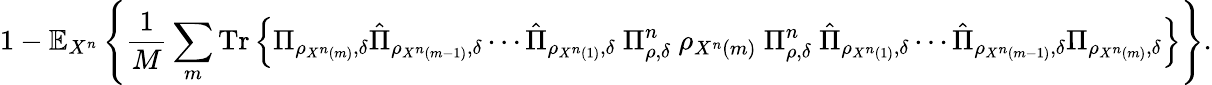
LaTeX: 1-\mathbb{E}_{X^{n}}\left\{ {\frac{1}{M}}\sum_{m}{\mathrm{Tr}}\left\{ \Pi_{\rho_{X^{n}\left(m\right)},\delta}{\hat{\Pi}}_{\rho_{X^{n}\left(m-1\right)},\delta}\cdots{\hat{\Pi}}_{\rho_{X^{n}\left(1\right)},\delta}\ \Pi_{\rho,\delta}^{n}\ \rho_{X^{n}\left(m\right)}\ \Pi_{\rho,\delta}^{n}\ {\hat{\Pi}}_{\rho_{X^{n}\left(1\right)},\delta}\cdots{\hat{\Pi}}_{\rho_{X^{n}\left(m-1\right)},\delta}\Pi_{\rho_{X^{n}\left(m\right)},\delta}\right\} \right\} .